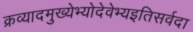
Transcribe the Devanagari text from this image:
क्रव्यादमुख्येभ्योदेवेभ्यइतिसर्वदा